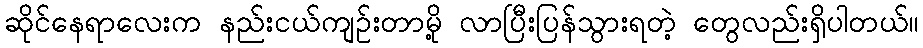
ဆိုင်နေရာလေးက နည်းငယ်ကျဉ်းတာမို့ လာပြီးပြန်သွားရတဲ့ တွေလည်းရှိပါတယ်။